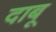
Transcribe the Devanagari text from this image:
दाबू